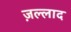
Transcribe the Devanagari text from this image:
ज़ल्लाद